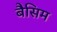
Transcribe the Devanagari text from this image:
बैसिम